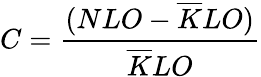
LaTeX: C=\frac{(NLO-\overline{{{K}}}LO)}{\overline{{{K}}}LO}